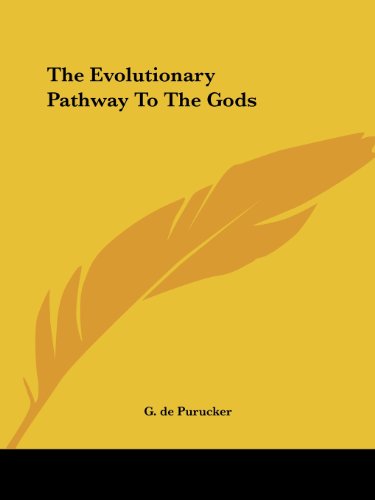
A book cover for The Evolutionary Pathway To The Gods; G. de Purucker; Religion & Spirituality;